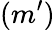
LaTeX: {(m^{\prime})}